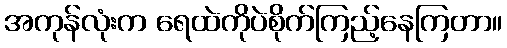
အကုန်လုံးက ရေထဲကိုပဲစိုက်ကြည့်နေကြတာ။